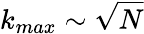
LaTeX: k_{max}\sim\sqrt{N}